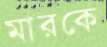
মারকে